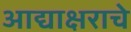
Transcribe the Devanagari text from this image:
आद्याक्षराचे